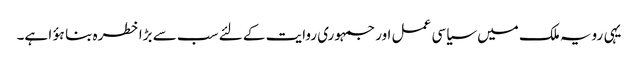
یہی رویہ ملک میں سیاسی عمل اور جمہوری روایت کے لئے سب سے بڑا خطرہ بنا ہؤا ہے۔